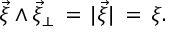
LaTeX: \vec { \xi } \wedge \vec { \xi } _ { \perp } \, = \, | \vec { \xi } | \, = \, \xi .